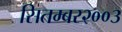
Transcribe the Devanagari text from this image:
सितम्बर२००३